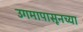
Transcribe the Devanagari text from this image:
उगमापासूनच्या